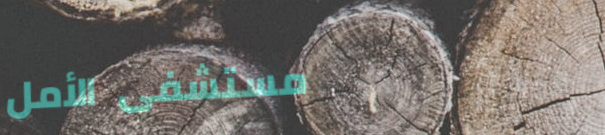
مستشفى الأمل